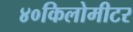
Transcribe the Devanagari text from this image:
४०किलोमीटर